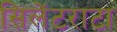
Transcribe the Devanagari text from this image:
सिलेंटराटा